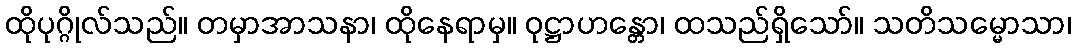
ထိုပုဂ္ဂိုလ်သည်။ တမှာအာသနာ၊ ထိုနေရာမှ။ ဝုဋ္ဌာဟန္တော၊ ထသည်ရှိသော်။ သတိသမ္မောသာ၊